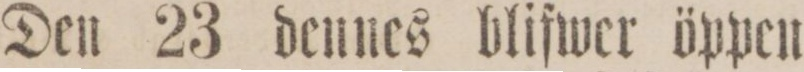
Den 23 dennes blifwer öppen